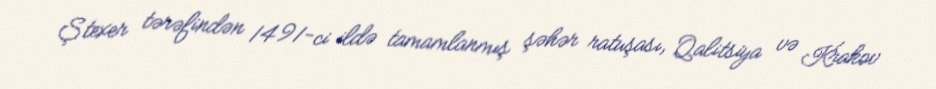
Ştexer tərəfindən 1491-ci ildə tamamlanmış şəhər ratuşası, Qalitsiya və Krakov